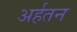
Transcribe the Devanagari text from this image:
अर्हतन